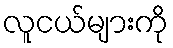
လူငယ်များကို